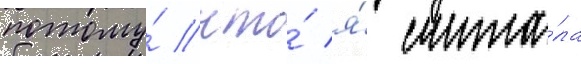
потому́ что́ я́ счита́ла